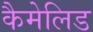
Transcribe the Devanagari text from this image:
कैमेलिड